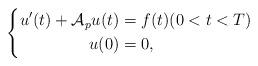
LaTeX: \begin{align*}\left\{\begin{aligned} u^{\prime} (t) + \mathcal{A}_p u (t) &= f(t) (0 < t < T) \\ u(0) &= 0,\end{aligned}\right.\end{align*}